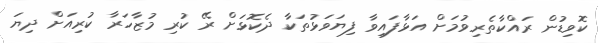
ކޮވިޑުން ރައްކާތެރިވުމަށް އަޅާފައިވާ ފިޔަވަޅުތަކާ ދެކޮޅަށް ރޭ ކުރި މުޒާހަރާ ކުރިއަށް ދިޔަ